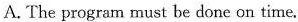
A. The program must be done on time.